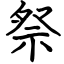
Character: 祭